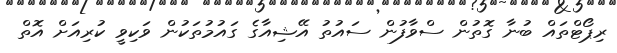
ރިޕޯޓްތައް ބުނާ ގޮތުން ސްވާފުން ސައުތު އޭޝިއާގެ ގައުމުތަކުން ވަކިވީ ކުރިއަށް އޮތް